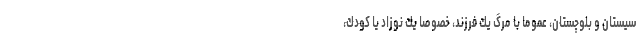
سيستان و بلوچستان، عموما با مرگ يك فرزند، خصوصا يك نوزاد يا كودك،